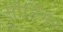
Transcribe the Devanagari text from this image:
मौर्टिमर